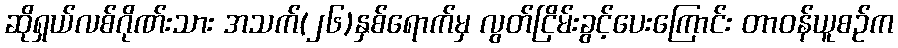
ဆိုရှယ်လစ်ဂိုဏ်းသား အသက်(၂၆)နှစ်ရောက်မှ လွတ်ငြိမ်းခွင့်ပေးကြောင်း တာဝန်ယူစဉ်က